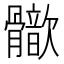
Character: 𩪢